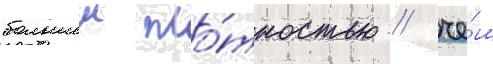
большеи пло́тностью / че́м